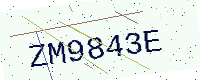
Text: ZM9843E